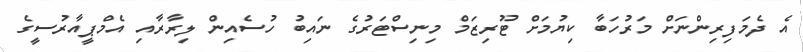
އެ ދެމަފިރިންނަށް މަރުހަބާ ކިޔުމަށް ޓޫރިޒަމް މިނިސްޓަރުގެ ނައިބު ހުސެއިން ލިރާރާއި އެމްޕީއާރުސީގެ